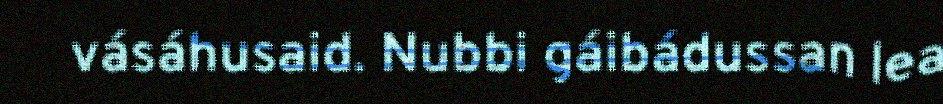
vásáhusaid. Nubbi gáibádussan lea